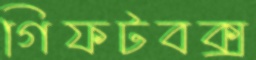
গিফটবক্স